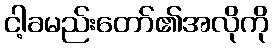
ငါ့ခမည်းတော်၏အလိုကို